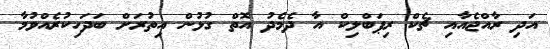
އަދި ރާއްޖެއާއި ޗެކް ރިޕަބްލިކް އާ ދެމެދު އޮތް ގުޅުން އިތުރަށް ބަދަހިކުރެއްވުމާ